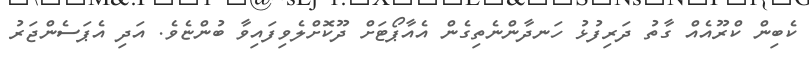
ކެބިން ކްރޫއެއް ގާތު ދަރިފުޅު ހަނދާންނެތިގެން އެއާޕޯޓަށް ދޫކޮށްލެވިފައިވާ ބުންޏެވެ. އަދި އެޕަސެންޖަރު